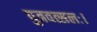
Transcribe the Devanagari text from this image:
पुत्रवत्सलः।